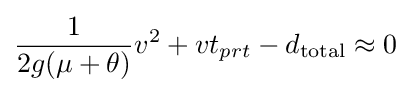
{\frac {1}{2g(\mu +\theta )}}v^{2}+vt_{prt}-d_{\text{total}}\approx 0